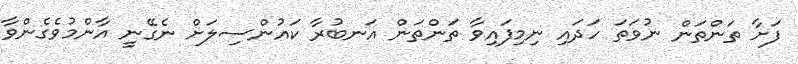
ފަށާ ތަންތަން ނުވަތަ ހަދައި ނިމިފައިވާ ތަންތަން އަނބުރާ ކައުންސިލަށް ނެގޭނީ އާންމުވެގެންވާ